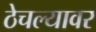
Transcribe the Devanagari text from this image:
ठेचल्यावर